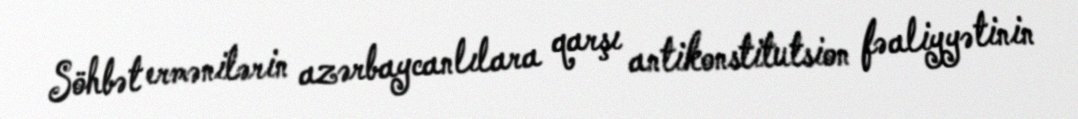
Söhbət ermənilərin azərbaycanlılara qarşı antikonstitutsion fəaliyyətinin